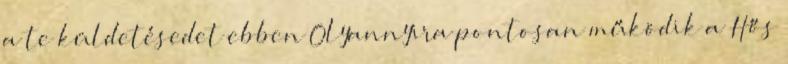
a te küldetésedet ebben Olyannyira pontosan működik a Hős